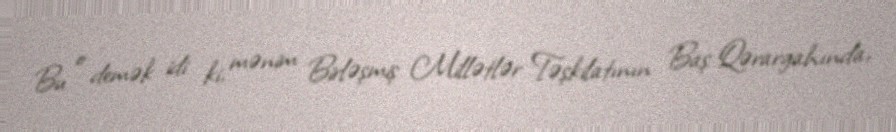
Bu o demək idi ki, mənim Birləşmiş Millətlər Təşkilatının Baş Qərargahında,